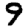
Digit: 9